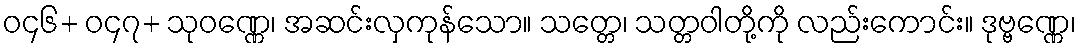
ဝ၄၆+ ဝ၄၇+ သုဝဏ္ဏေ၊ အဆင်းလှကုန်သော။ သတ္တေ၊ သတ္တဝါတို့ကို လည်းကောင်း။ ဒုဗ္ဗဏ္ဏေ၊